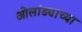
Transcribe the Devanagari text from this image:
ओलांड्याच्या